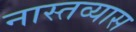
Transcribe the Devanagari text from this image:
नास्तव्यास